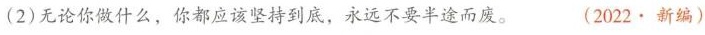
(2)无论你做什么，你都应该坚持到底，永远不要半途而废。 (2022·新编)